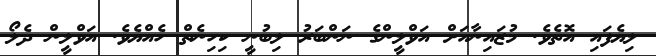
ލިޔެފައި އޮތެވެ. މުޒައިނާއަށް އަވްލީންގެ ނަންބަރު ލިބުނީ ކިހިނެތް ހެއްޔެވެ. އަވްލީން ދެލޯ